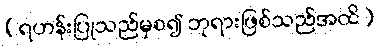
(ရဟန်းပြုသည်မှစ၍ ဘုရားဖြစ်သည်အထိ)